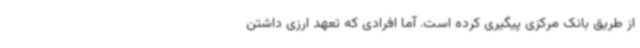
از طریق بانک مرکزی پیگیری کرده است. آما افرادی که تعهد ارزی داشتن